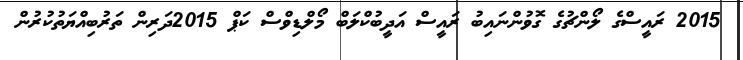
2015 ރައީސްގެ ލޯންޗުގެ ގޮވުންނައިބު ރައީސް އަދީބުކްލަބް މޯލްޑިވްސް ކަޕް 2015ދަރިން ތަރުބިއްޔަތުކުރުން